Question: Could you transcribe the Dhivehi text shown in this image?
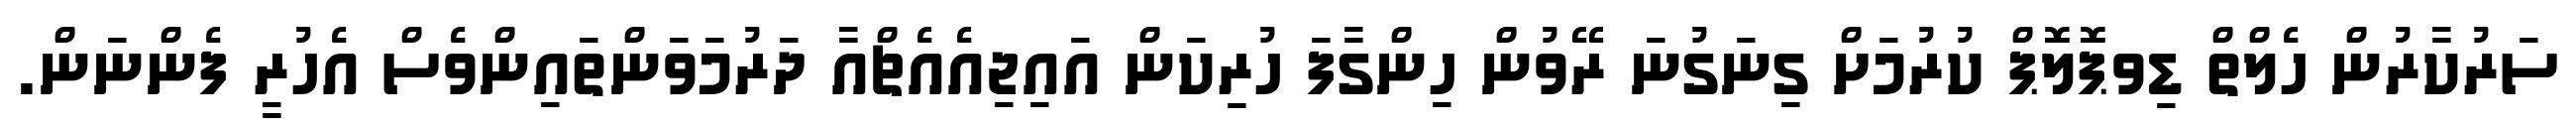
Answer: ސަރުކާރުން ހެލްތް ޑިވޕޮލޮޕް ކުރުމަށް ގިނަގުނަ ރޭވުން ހިންގާފަ ހުރިކަން އައިޖިއެއެޗްއާ ދަރުމަވަންތައިންވެސް އެހުރީ ފެންނަން.